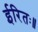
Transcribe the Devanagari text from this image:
ईरितः॥